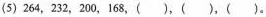
(5)264，232，200，168，()，()，()。